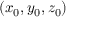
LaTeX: \left( x _ { 0 } , y _ { 0 } , z _ { 0 } \right)